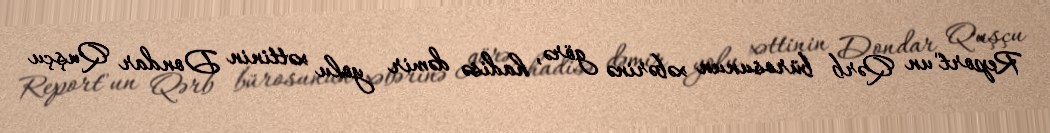
Report"un Qərb bürosunun xəbərinə görə, hadisə dəmir yolu xəttinin Dondar Quşçu